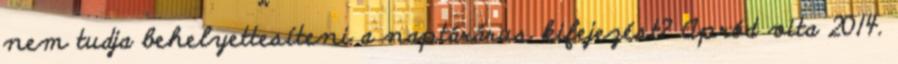
nem tudja behelyettesíteni a naptárárus kifejezést? Apród vita 2014.